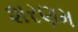
શરણમ